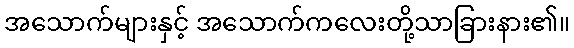
အသောက်များနှင့် အသောက်ကလေးတို့သာခြားနား၏။